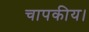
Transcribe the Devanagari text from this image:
चापकीय।